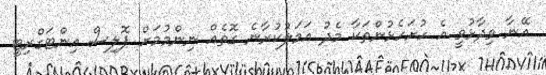
އޭނާ ވިދާޅުވީ އެ ހުށަހެޅުންތަކާ މެދު އަމަލުކުރާނެ ގޮތެއް ނިންމުމަށް ޕޮލިސް އިންޓަގްރިޓީ